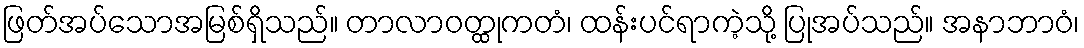
ဖြတ်အပ်သောအမြစ်ရှိသည်။ တာလာဝတ္ထုကတံ၊ ထန်းပင်ရာကဲ့သို့ ပြုအပ်သည်။ အနာဘာဝံ၊